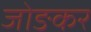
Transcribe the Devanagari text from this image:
जोङकर